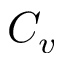
C _ { v }